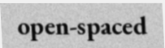
open-spaced